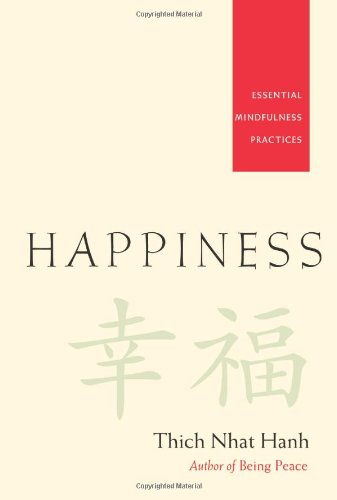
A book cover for Happiness: Essential Mindfulness Practices; Thich Nhat Hanh; Religion & Spirituality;